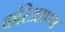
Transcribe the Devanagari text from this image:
करिआप्पा